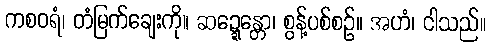
ကစဝရံ၊ တံမြက်ချေးကို။ ဆဍ္ဍေန္တော၊ စွန့်ပစ်စဉ်။ အဟံ၊ ငါသည်။